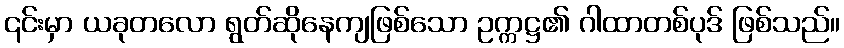
၎င်းမှာ ယခုတလော ရွတ်ဆိုနေကျဖြစ်သော ဥက္ကဋ္ဌ၏ ဂါထာတစ်ပုဒ် ဖြစ်သည်။